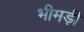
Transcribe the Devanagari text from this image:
भीमड़ी